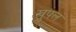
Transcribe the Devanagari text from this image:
खुपलं